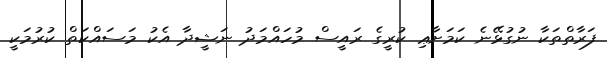
ފަރާތްތަކާ ނުގުޅޭނެ ކަމަށާޢި ކުރީގެ ރައީސް މުހައްމަދު ނަޝީދާ އެކު މަސައްކަތް ކުރުމަކީ